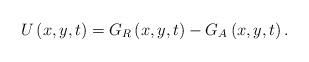
LaTeX: \begin{align*}U\left( x,y,t\right) =G_R\left( x,y,t\right) -G_A\left( x,y,t\right) .\end{align*}